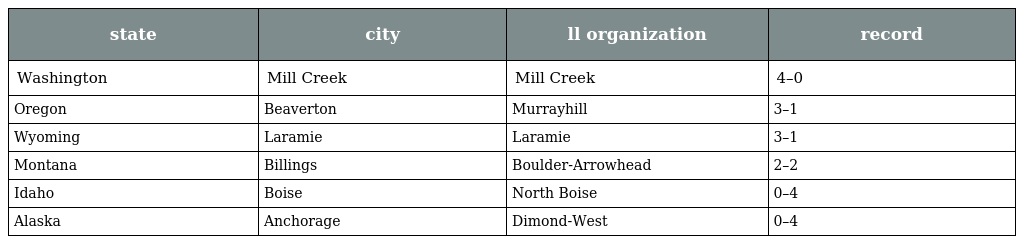
| state | city | ll organization | record |
 | --- | --- | --- | --- |
 | Washington | Mill Creek | Mill Creek | 4–0 |
 | Oregon | Beaverton | Murrayhill | 3–1 |
 | Wyoming | Laramie | Laramie | 3–1 |
 | Montana | Billings | Boulder-Arrowhead | 2–2 |
 | Idaho | Boise | North Boise | 0–4 |
 | Alaska | Anchorage | Dimond-West | 0–4 |